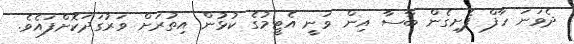
ދެވަނަ ހާފް ފެށިގެން ބާސާ އިން ވަނީ އެޓީމުގެ ކުޅުން އިތުރަށް ވަރުގަދަކޮށްފައެވެ.